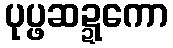
ပုပ္ဖဆဍ္ဍကော